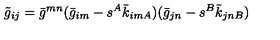
\tilde { g } _ { i j } = \bar { g } ^ { m n } ( \bar { g } _ { i m } - s ^ { A } \bar { k } _ { i m A } ) ( \bar { g } _ { j n } - s ^ { B } \bar { k } _ { j n B } )